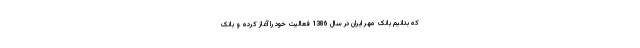
که بدانیم بانک مهر ایران در سال 1386 فعالیت خود را آغاز کرده و بانک